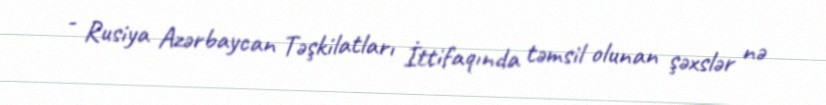
- Rusiya Azərbaycan Təşkilatları İttifaqında təmsil olunan şəxslər nə